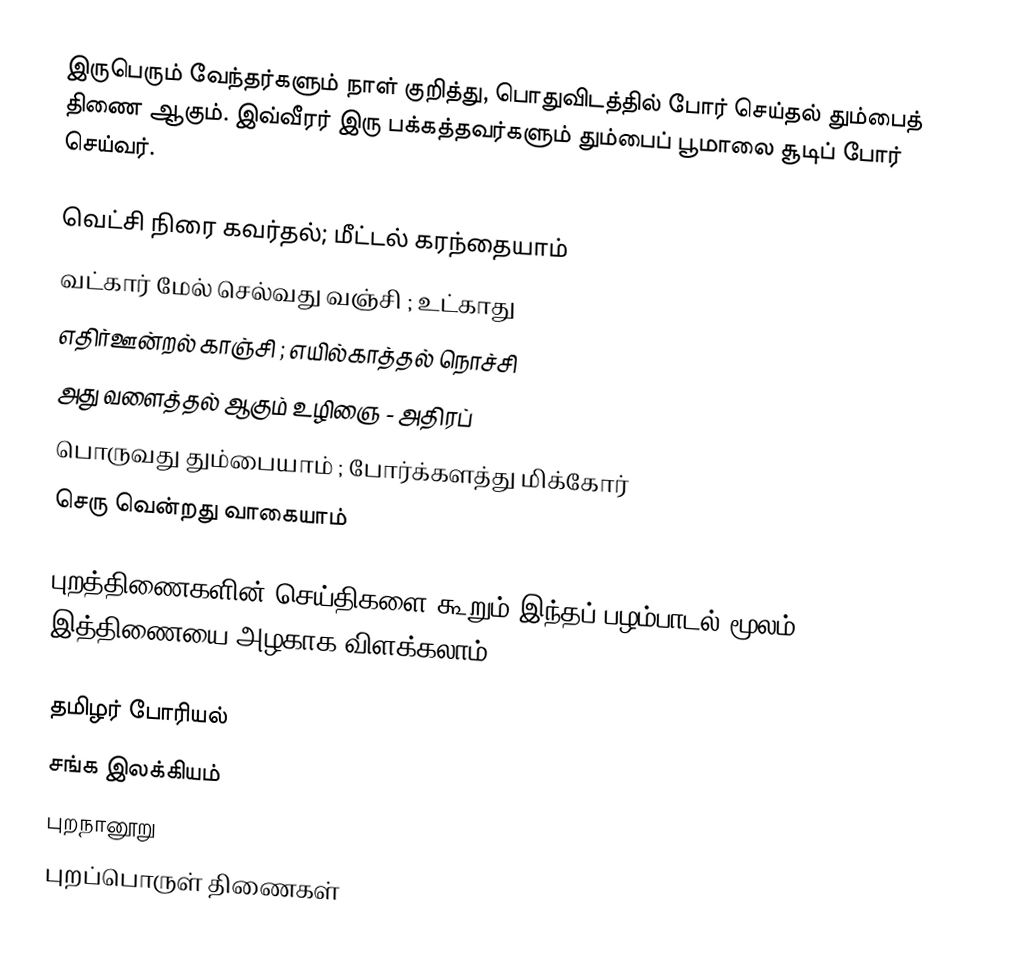
இருபெரும் வேந்தர்களும் நாள் குறித்து, பொதுவிடத்தில் போர் செய்தல் தும்பைத் திணை ஆகும். இவ்வீரர் இரு பக்கத்தவர்களும் தும்பைப் பூமாலை சூடிப் போர் செய்வர்.

 வெட்சி நிரை கவர்தல்; மீட்டல் கரந்தையாம்
 வட்கார் மேல் செல்வது வஞ்சி ; உட்காது
 எதிர்ஊன்றல் காஞ்சி ; எயில்காத்தல் நொச்சி
 அது வளைத்தல் ஆகும் உழிஞை - அதிரப்
 பொருவது தும்பையாம் ; போர்க்களத்து மிக்கோர்
 செரு வென்றது வாகையாம்

புறத்திணைகளின் செய்திகளை கூறும் இந்தப் பழம்பாடல் மூலம் இத்திணையை  அழகாக விளக்கலாம்.

தமிழர் போரியல்
சங்க இலக்கியம்
புறநானூறு
புறப்பொருள் திணைகள்